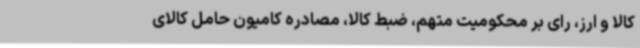
کالا و ارز، رای بر محکومیت متهم، ضبط کالا، مصادره کامیون حامل کالای